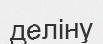
деліну